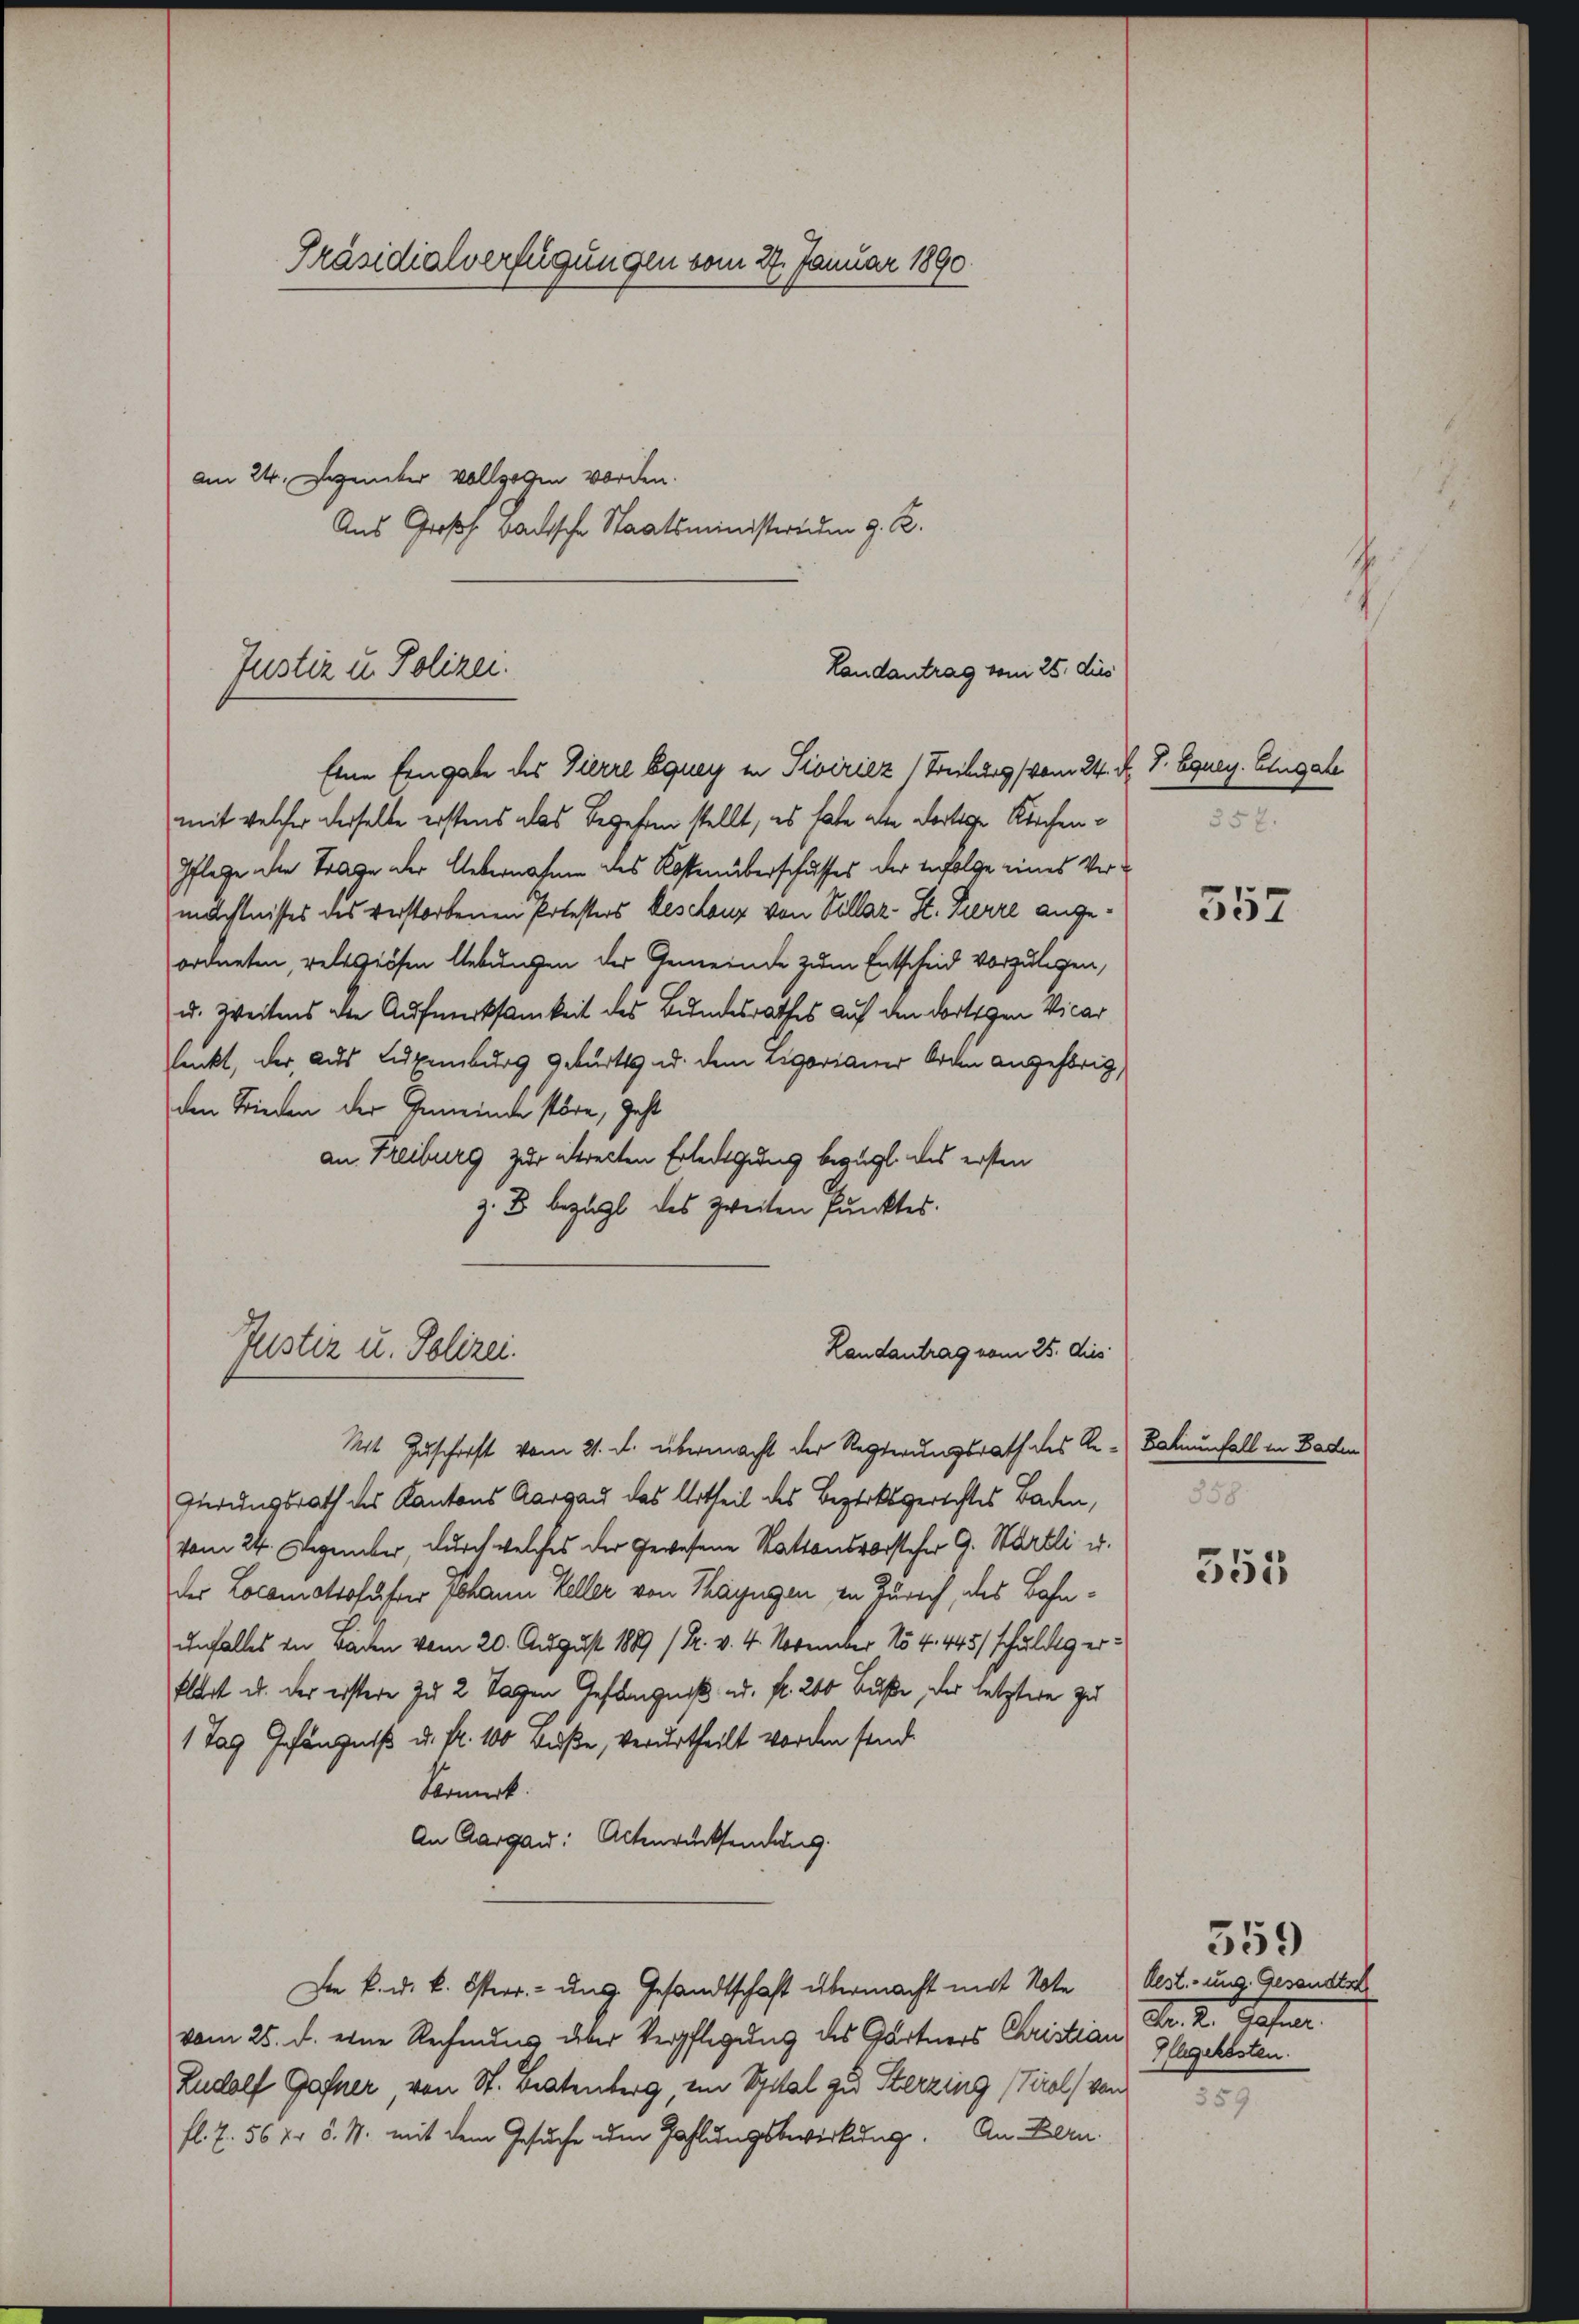
am 24. Dezember vollzogen worden.
Aus Großh. badische Staatsministerium g. R.
Eine Eingabe des Vierre Equey in Siviricz (Freiburg vom 24. d. J. Equey. Eingabe
mit welcher derselbe erstens das Begeben stellt, es habe alle dortige Kirchen¬
Pflege die Trage der Uebernahme des Kostenüberschusses der Infolge eines Vermächtnisses des verstorbenen Potesters beschanz von Villar- St. Herre angeordneten, religiösen Uebungen der Gemeinde zum Entscheid vorzulegen,
u. Weitens die Aufmerksamkeit des Bundesrathes auf den dortigen Vicar
slenkt, der aus Luxenburg geburts u. dem Ligorianer Orden angehörig
den Frieden der Gemeinde störe, geht
an Freiburg zur krecten Erledigung bezügl. das ersten
z. B. bezahl des zweiten Punktes.
Landantrag vom 25. dies
Juster u. Polizei.
Mit Zuschrift vom 21. d. übermacht der Regierungsrath des Re-Batumfall in Baden
Girungsrath des Kantons Aargau das Urtheil des Bezirksgerichtes Baden,
vom 24. Dezember durch welches der gewesene Stattensvorsteher G. Wärtli u.
der Locamotsofuster Johann Keller von Thayngen in Zürich, des Bahnunfalles in Baden vom 20. August 1889 /Pr. v. 4. November 154. 445/ schuldig er¬
Elart u. der erstere zu 2 Tagen Gefängniß u. fr. 240 Buße, der letztere zu
1 Tag Gefängniß u. fl. 100 Fuße, verurtheilt worden sind.
Vormerk
An Aargau: Altenrücksendung.
Die k. u. k. Osterr. ung. Gesandtschaft übermacht mit Note
vom 25. d. eine Rechnung über Verpflegung des Gärtners Christian Sr. K. Hafner
Rudolf Gafner, von St. Bratenberg, ein Spital zu Sterzing (Tirol von
fl. 7. 56 Xr 5. M. mit dem Gesuche um Zahlungsbewirkung. An Fern

Präsidialverfügungen vom 27. Januar 1890.

Justiz u. Polizei.

Landantrag vom 25. dies

357.

552

558.

355

lest. ung. Gesandts
IEhgekosten.

359